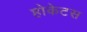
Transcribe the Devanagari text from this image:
होकेटस